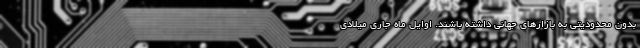
بدون محدودیتی به بازارهای جهانی داشته باشند. اوایل ماه جاری میلادی